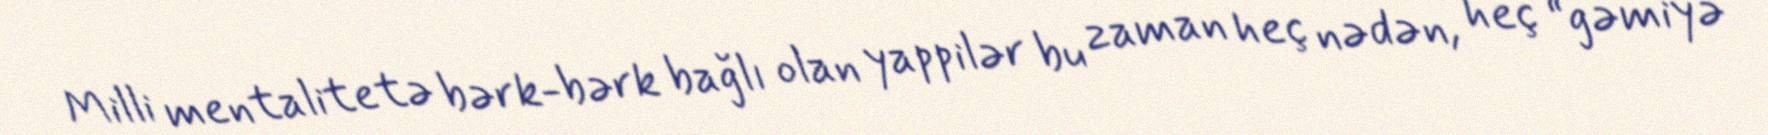
Milli mentalitetə bərk-bərk bağlı olan yappilər bu zaman heç nədən, heç “gəmiyə